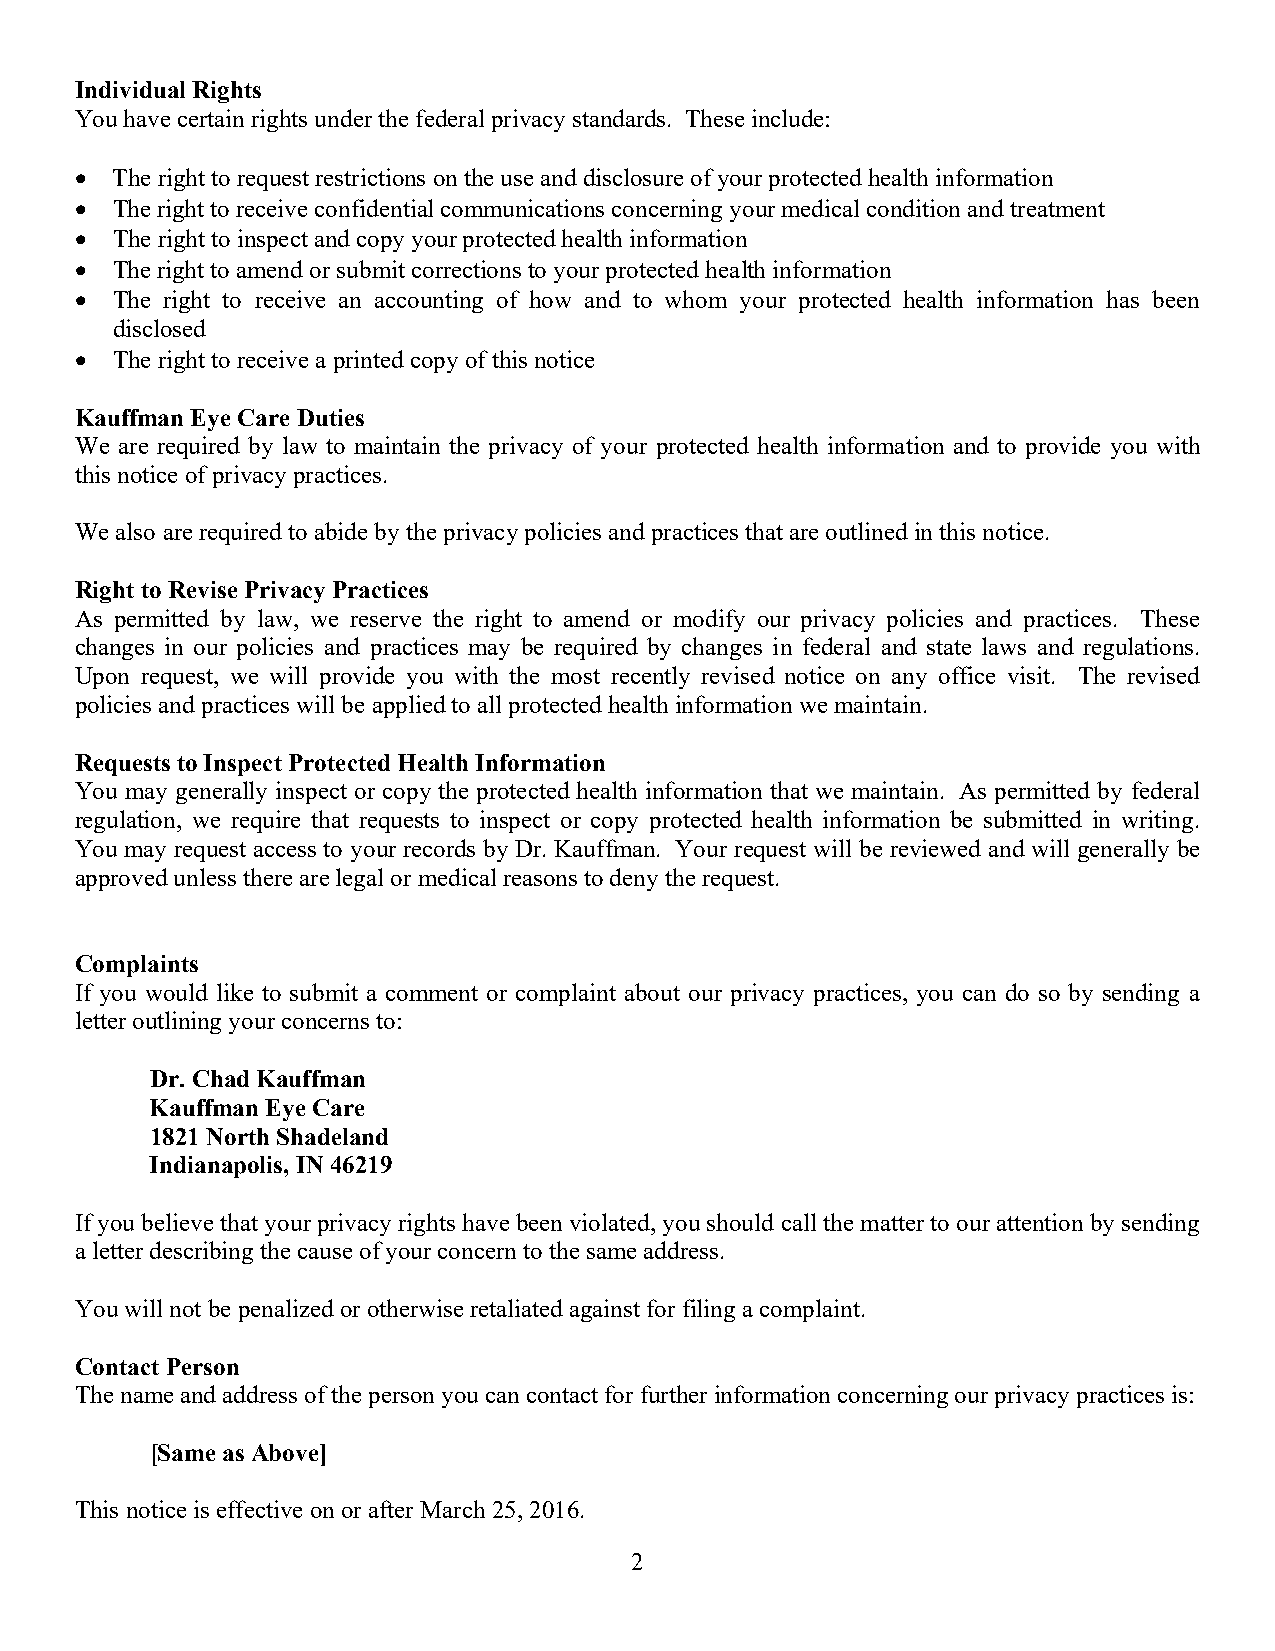
Individual Rights
 You have certain rights under the federal privacy standards. These include:
  The right to request restrictions on the use and disclosure of your protected health information
  The right to receive confidential communications concerning your medical condition and treatment
  The right to inspect and copy your protected health information
  The right to amend or submit corrections to your protected health information
  The right to receive an accounting of how and to whom your protected health information has been
 disclosed
  The right to receive a printed copy of this notice
 Kauffman Eye Care Duties
 We are required by law to maintain the privacy of your protected health information and to provide you with
 this notice of privacy practices.
 We also are required to abide by the privacy policies and practices that are outlined in this notice.
 Right to Revise Privacy Practices
 As permitted by law, we reserve the right to amend or modify our privacy policies and practices. These
 changes in our policies and practices may be required by changes in federal and state laws and regulations.
 Upon request, we will provide you with the most recently revised notice on any office visit. The revised
 policies and practices will be applied to all protected health information we maintain.
 Requests to Inspect Protected Health Information
 You may generally inspect or copy the protected health information that we maintain. As permitted by federal
 regulation, we require that requests to inspect or copy protected health information be submitted in writing.
 You may request access to your records by Dr. Kauffman. Your request will be reviewed and will generally be
 approved unless there are legal or medical reasons to deny the request.
 Complaints
 If you would like to submit a comment or complaint about our privacy practices, you can do so by sending a
 letter outlining your concerns to:
 Dr. Chad Kauffman
 Kauffman Eye Care
 1821 North Shadeland
 Indianapolis, IN 46219
 If you believe that your privacy rights have been violated, you should call the matter to our attention by sending
 a letter describing the cause of your concern to the same address.
 You will not be penalized or otherwise retaliated against for filing a complaint.
 Contact Person
 The name and address of the person you can contact for further information concerning our privacy practices is:
 [Same as Above]
 This notice is effective on or after March 25, 2016.
 2